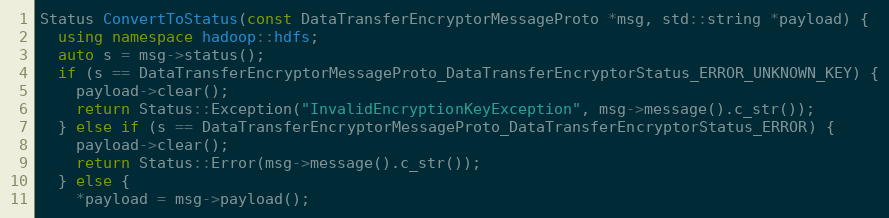
Language: C++
Status ConvertToStatus(const DataTransferEncryptorMessageProto *msg, std::string *payload) {
  using namespace hadoop::hdfs;
  auto s = msg->status();
  if (s == DataTransferEncryptorMessageProto_DataTransferEncryptorStatus_ERROR_UNKNOWN_KEY) {
    payload->clear();
    return Status::Exception("InvalidEncryptionKeyException", msg->message().c_str());
  } else if (s == DataTransferEncryptorMessageProto_DataTransferEncryptorStatus_ERROR) {
    payload->clear();
    return Status::Error(msg->message().c_str());
  } else {
    *payload = msg->payload();